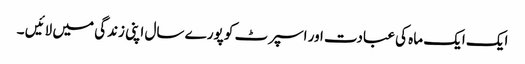
ایک ایک ماہ کی عبادت اور اسپرٹ کو پورے سال اپنی زندگی میں لائیں ۔